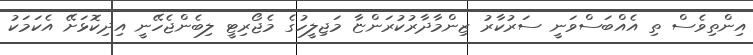
އިންތިވެސް ތި އެއްބަސްވަނީ ސަރުކާރު ޒިންމާދާރުކުރަންޏާ މަޖިލީހުގެ މެޖޯރިޓީ ލިބެންޖެހޭނީ އިދިކޮޅަށޭ އެކަމަކު